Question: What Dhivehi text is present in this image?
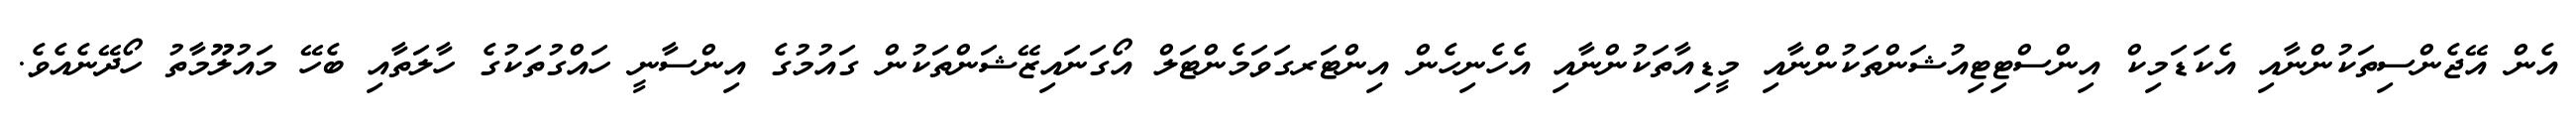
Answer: އެން އޭޖެންސިތަކުންނާއި އެކަޑަމިކް އިންސްޓިޓިއުޝަންތަކުންނާއި މީޑިއާތަކުންނާއި އެހެނިހެން އިންޓަރގަވަމެންޓަލް އޯގަނައިޒޭޝަންތަކުން ގައުމުގެ އިންސާނީ ހައްގުތަކުގެ ހާލަތާއި ބެހޭ މައުލޫމާތު ހޯދޭނެއެވެ.